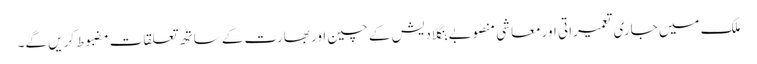
ملک میں جاری تعمیراتی اور معاشی منصوبے بنگلادیش کے چین اور بھارت کے ساتھ تعلقات مضبوط کریں گے۔